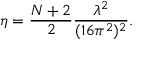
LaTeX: \eta = \frac { N + 2 } { 2 } \frac { \lambda ^ { 2 } } { ( 1 6 \pi ^ { 2 } ) ^ { 2 } } .